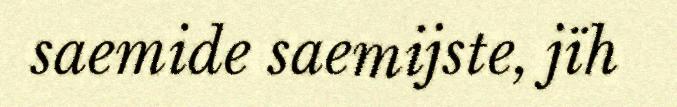
saemide saemijste, jïh